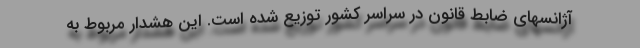
آژانسهای ضابط قانون در سراسر کشور توزیع شده است. این هشدار مربوط به